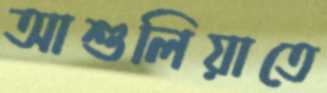
আশুলিয়াতে